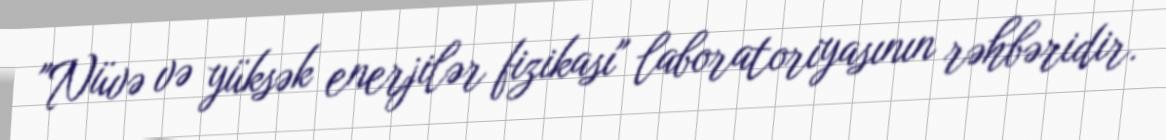
"Nüvə və yüksək enerjilər fizikası" laboratoriyasının rəhbəridir.